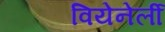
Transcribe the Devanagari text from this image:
वियेनेर्ली